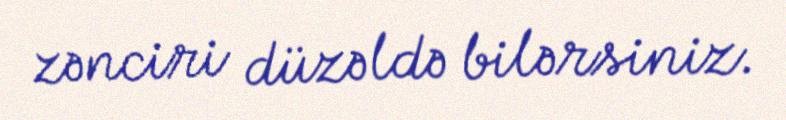
zənciri düzəldə bilərsiniz.